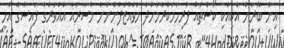
އިން ބޭރަށް އެކިއެކި ކޯސްތައް ފުރިހަމަކުރުމަށްދާ މުވައްޒަފުންނަށް މުސާރައާ އެއްވަރުގެ ފައިސާގެ އެހީ